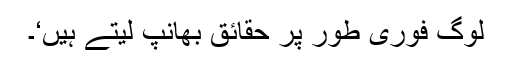
لوگ فوری طور پر حقائق بھانپ لیتے ہیں‘۔